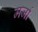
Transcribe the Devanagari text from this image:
मर्जा